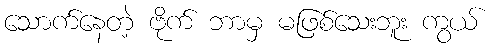
သောက်နေတဲ့ ဗိုက် ဘာမှ မဖြစ်သေးဘူး ကွယ်